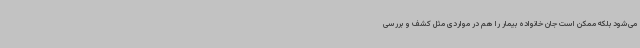
می‌شود بلکه ممکن است جان خانواده بیمار را هم در مواردی مثل کشف و بررسی